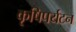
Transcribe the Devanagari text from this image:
कृषिपर्यटन